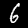
Digit: 6